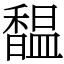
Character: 馧